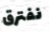
نفترق